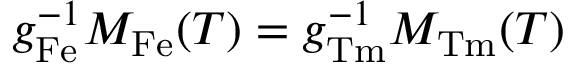
g _ { \mathrm { F e } } ^ { - 1 } M _ { \mathrm { F e } } ( T ) = g _ { \mathrm { T m } } ^ { - 1 } M _ { \mathrm { T m } } ( T )